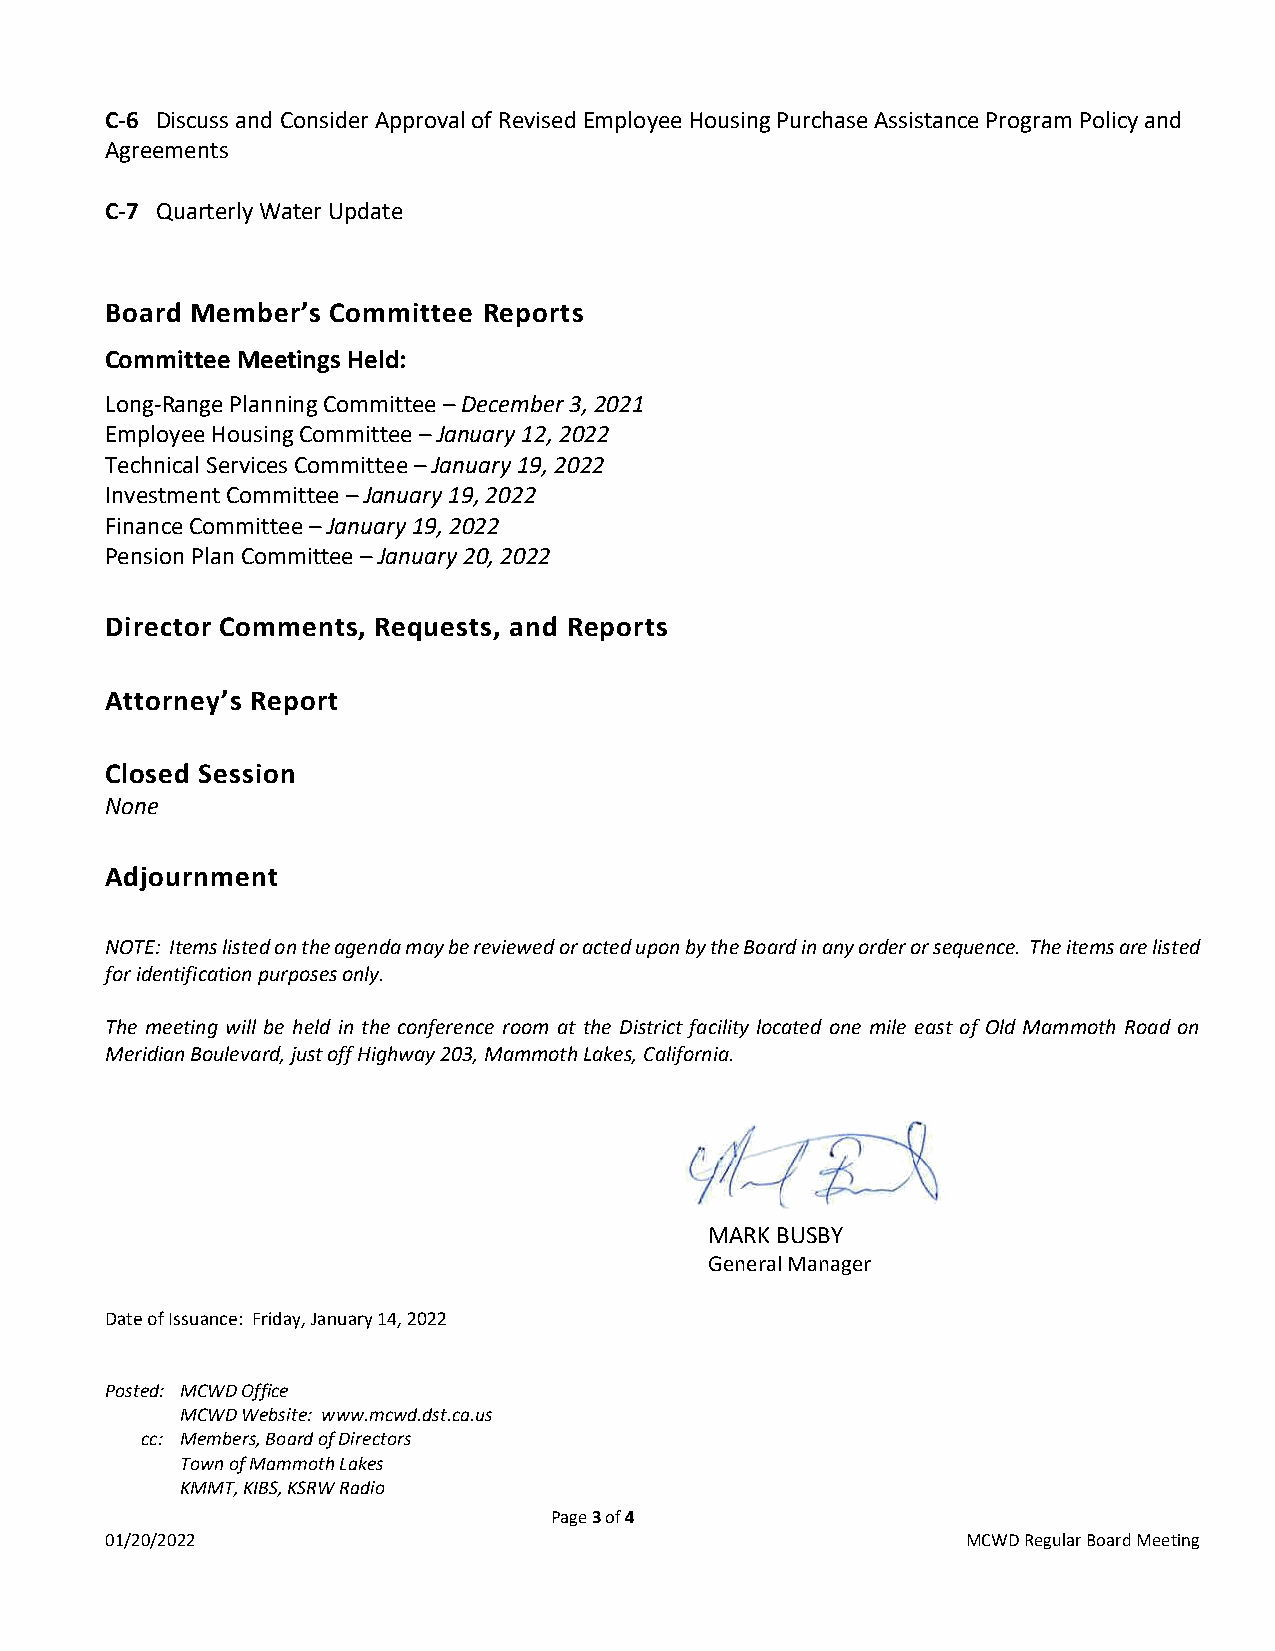
C-6 Discuss and Consider Approval of Revised Employee Housing Purchase Assistance Program Policy and
 Agreements
 C-7 Quarterly Water Update
 Board Member’s Committee Reports
 Committee Meetings Held:
 Long-Range Planning Committee – December 3, 2021
 Employee Housing Committee – January 12, 2022
 Technical Services Committee – January 19, 2022
 Investment Committee – January 19, 2022
 Finance Committee – January 19, 2022
 Pension Plan Committee – January 20, 2022
 Director Comments, Requests, and Reports
 Attorney’s Report
 Closed Session
 None
 Adjournment
 NOTE: Items listed on the agenda may be reviewed or acted upon by the Board in any order or sequence. The items are listed
 for identification purposes only.
 The meeting will be held in the conference room at the District facility located one mile east of Old Mammoth Road on
 Meridian Boulevard, just off Highway 203, Mammoth Lakes, California.
 MARK BUSBY
 General Manager
 Date of Issuance: Friday, January 14, 2022
 Posted: MCWD Office
 MCWD Website: www.mcwd.dst.ca.us
 cc: Members, Board of Directors
 Town of Mammoth Lakes
 KMMT, KIBS, KSRW Radio
 Page 3 of 4
 01/20/2022                                               MCWD Regular Board Meeting